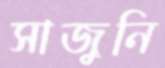
সাজুনি